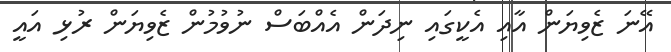
އޭނަ ޒެވިޔަން އާއި އެކީގައި ނިދަން އެއްބަސް ނުވުމުން ޒެވިޔަން ރުޅި އައީ